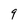
Character: 9